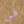
فى